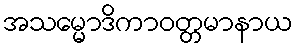
အသမ္မောဒိကာဝတ္တမာနာယ